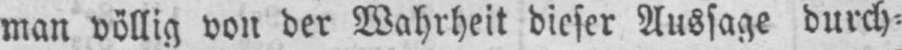
man völlig von der Wahrheit dieser Aussage durch⸗